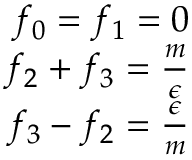
\begin{array} { r } { f _ { 0 } = f _ { 1 } = 0 } \\ { f _ { 2 } + f _ { 3 } = \frac { m } { \epsilon } } \\ { f _ { 3 } - f _ { 2 } = \frac { \epsilon } { m } } \end{array}